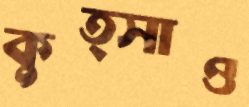
কুত্সাও